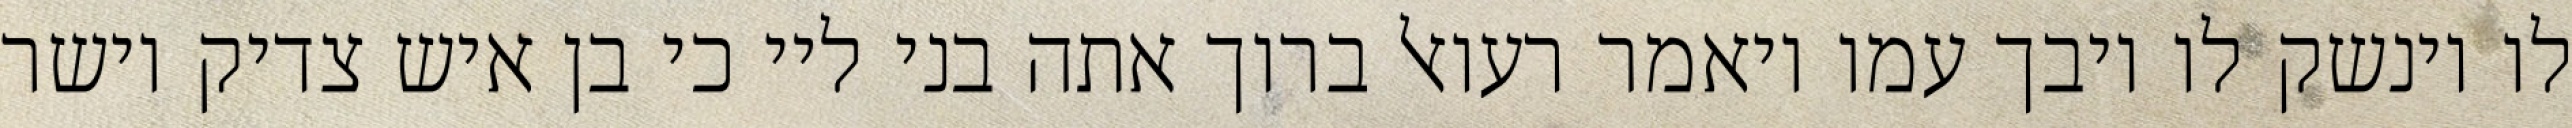
לו וינשק לו ויבך עמו ויאמר רעואל ברוך אתה בני ליי כי בן איש צדיק וישר